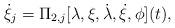
LaTeX: \begin{align*}\dot{\xi}_j = \Pi_{2, j}[\lambda, \xi, \dot{\lambda}, \dot{\xi}, \phi](t),\end{align*}